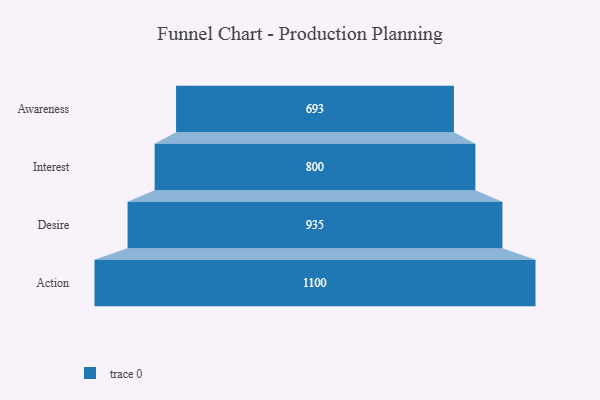
{"axis": {"x": "Stage", "y": "Value"}, "legend": [""], "data": [{"x": "Awareness", "y": 693.0, "type": ""}, {"x": "Interest", "y": 800.0, "type": ""}, {"x": "Desire", "y": 935.0, "type": ""}, {"x": "Action", "y": 1100.0, "type": ""}]}